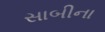
સાબીના